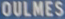
OULMES